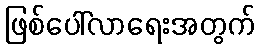
ဖြစ်ပေါ်လာရေးအတွက်